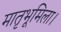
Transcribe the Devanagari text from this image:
मातृभूमिला।